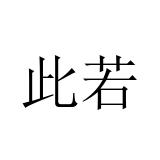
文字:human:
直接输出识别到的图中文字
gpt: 此若